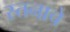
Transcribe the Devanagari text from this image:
स्तनाचे